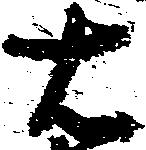
右